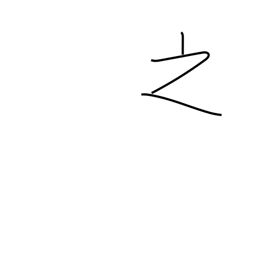
Meaning: of